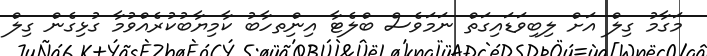
މަގާމު ގިލް އަށް ލިބިވަޑައިގަތް ނަމަވެސް ބްލެޓާ އިންިތހާބު ކާމިޔާބުކުރެއްވުމާ ގުޅިގެން ގިލް